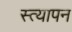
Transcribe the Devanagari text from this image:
स्त्यापन